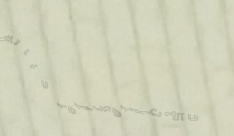
دكان الزهور يزهر حياتك بأ